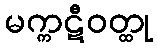
မက္ကဋီဝတ္ထု